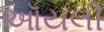
ઑયલી